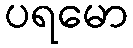
ပရမော